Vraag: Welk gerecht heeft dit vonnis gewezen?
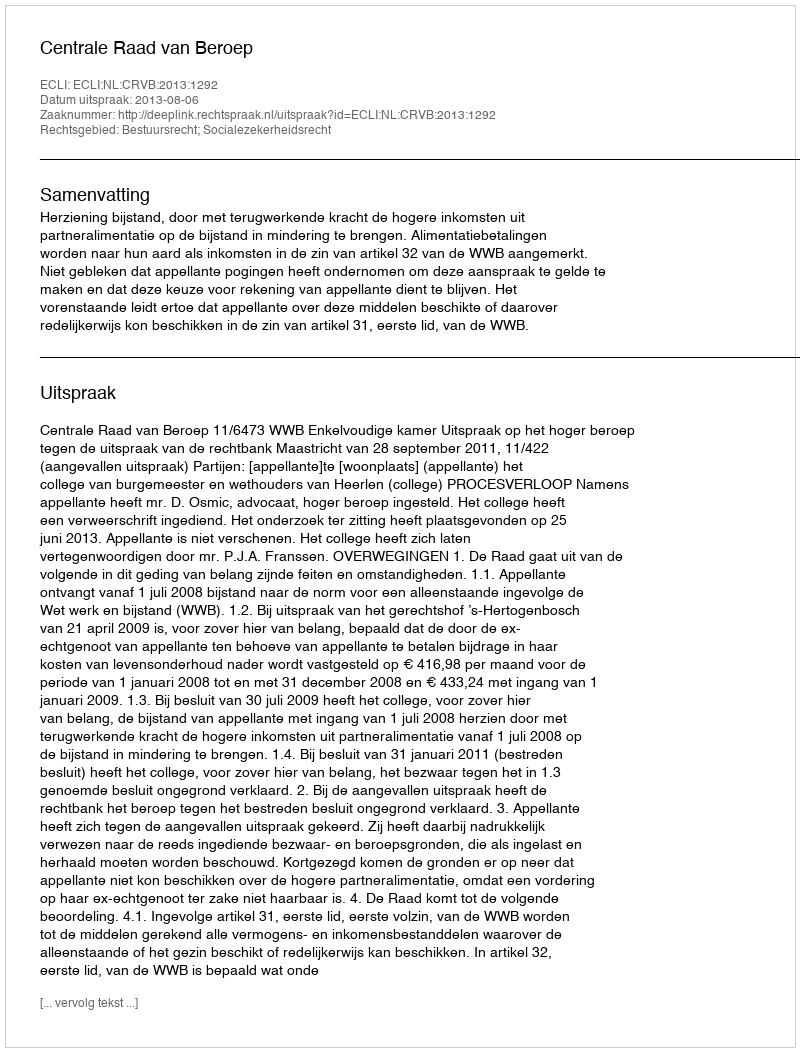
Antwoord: Centrale Raad van Beroep